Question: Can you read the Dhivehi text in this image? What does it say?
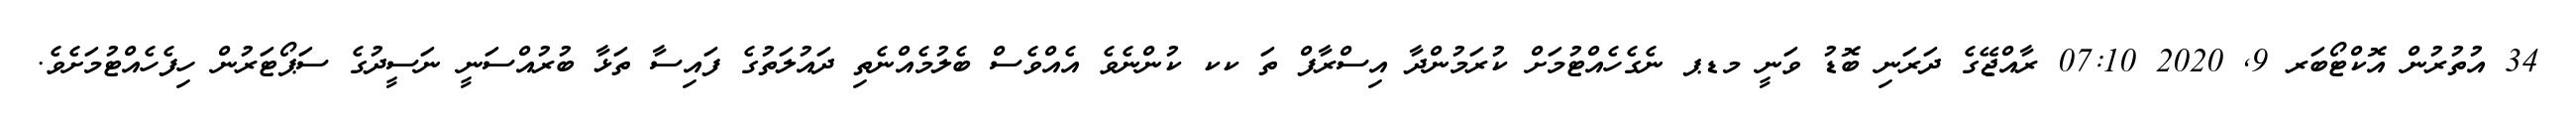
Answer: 34 އުތުރުން އޮކްޓޯބަރ 9, 2020 07:10 ރާއްޖޭގެ ދަރަނި ބޮޑު ވަނީ މޑޕ ނެގެހެއްޓުމަށް ކުރަމުންދާ އިސްރާފް ތަ ކކ ކުންނެވެ އެއްވެސް ބެލުމެއްނެތި ދައުލަތުގެ ފައިސާ ތަޅާ ބުރުއްސަނީ ނަސީދުގެ ސަޕޯޓަރުން ހިފެހެއްޓުމަށެވެ.